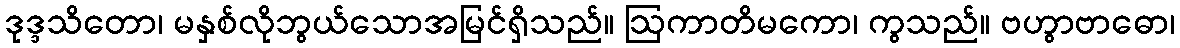
ဒုဒ္ဒသိတော၊ မနှစ်လိုဘွယ်သောအမြင်ရှိသည်။ ဩကာတိမကော၊ ကွသည်။ ဗဟွာဗာဓော၊